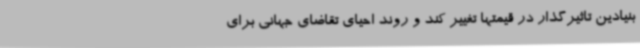
بنیادین تاثیرگذار در قیمتها تغییر کند و روند احیای تقاضای جهانی برای